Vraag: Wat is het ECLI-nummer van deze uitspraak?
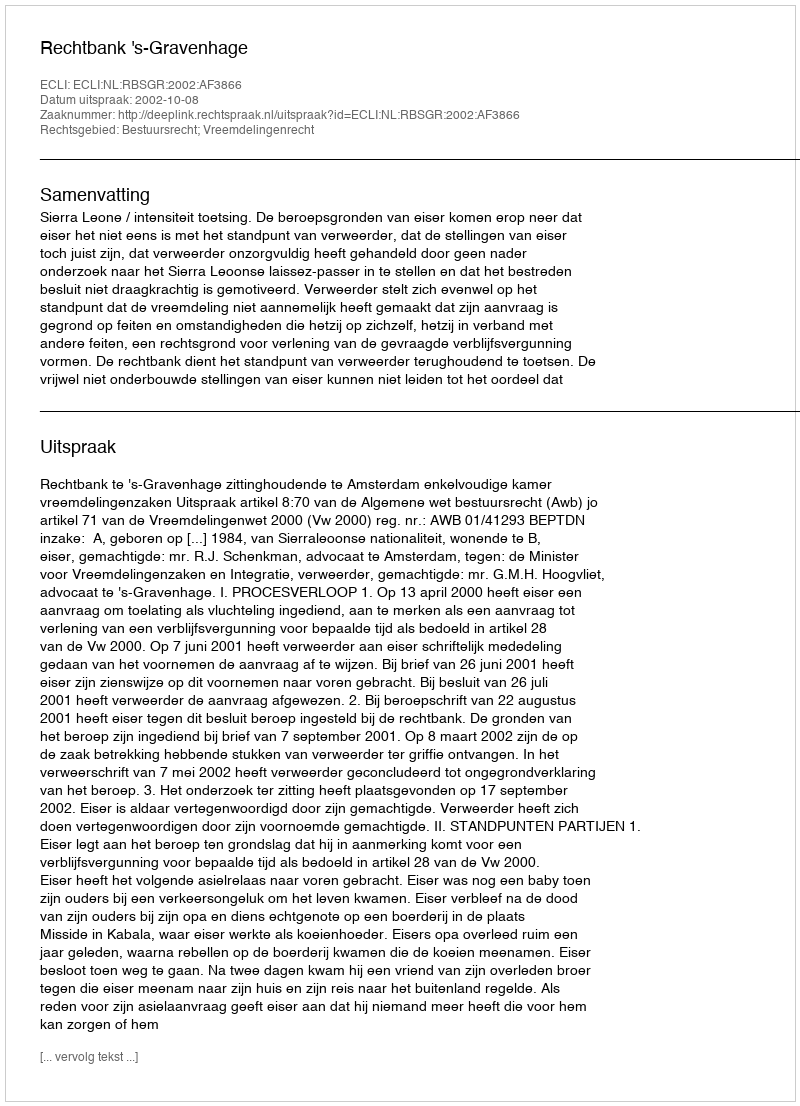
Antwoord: ECLI:NL:RBSGR:2002:AF3866